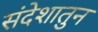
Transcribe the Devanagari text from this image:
संदेशातुन